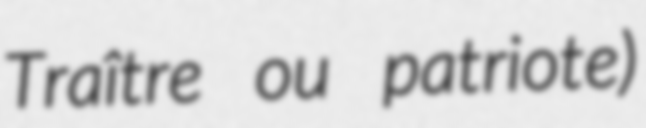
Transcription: Traître ou patriote)